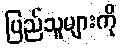
ပြည်သူများကို